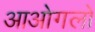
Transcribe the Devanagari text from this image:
आओगलो